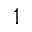
1